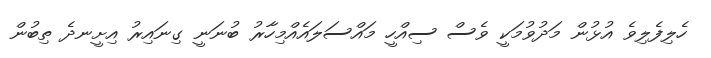
ހެލިފެލިވެ އުޅުން މަދުވުމަކީ ވެސް ސިއްހީ މައްސަލައެއްމިހާރު ބުނަނީ ގިނައިރު އިށީނދެ ތިބުން